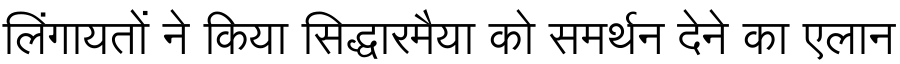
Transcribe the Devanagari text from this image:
लिंगायतों ने किया सिद्धारमैया को समर्थन देने का एलान